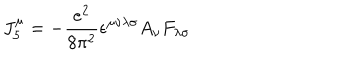
J _ { 5 } ^ { \mu } = - \frac { e ^ { 2 } } { 8 \pi ^ { 2 } } \epsilon ^ { \mu \nu \lambda \sigma } A _ { \nu } F _ { \lambda \sigma }